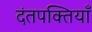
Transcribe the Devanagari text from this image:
दंतपक्तियाँ